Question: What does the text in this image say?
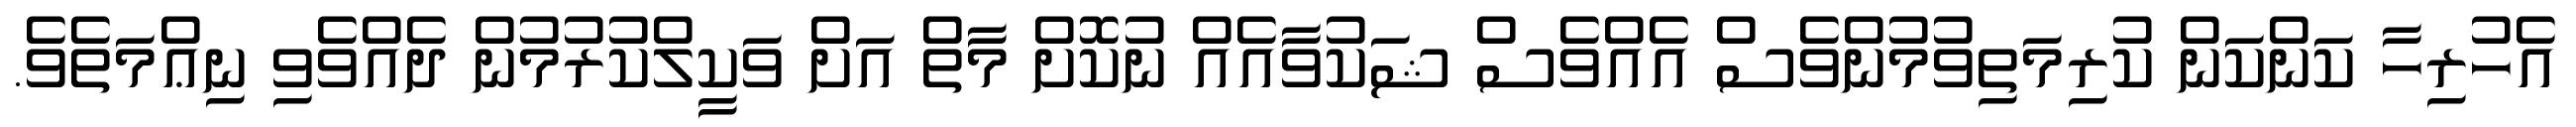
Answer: އެހުރިހާ ކަންކަން ކުރިމަތިވުމުންވެސް އެއްވެސް ޝަކުވާއެއް ނުކޮށް މާތް އަށް ވަކީލްކުރުމުން ދެއްވެވި ނިޢްމަތެވެ.